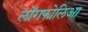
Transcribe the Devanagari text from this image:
लोंगफोलिआ